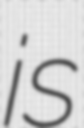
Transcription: is